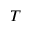
T